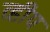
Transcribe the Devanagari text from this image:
व्हीप